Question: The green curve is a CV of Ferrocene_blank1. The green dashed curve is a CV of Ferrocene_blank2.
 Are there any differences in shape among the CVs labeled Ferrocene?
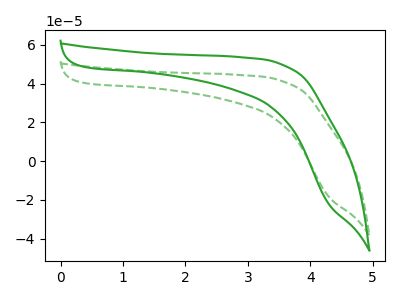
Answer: <think>The green curve "Ferrocene_blank1" has no peaks. The green dashed curve "Ferrocene_blank2" has no peaks.
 Neither "Ferrocene_blank1" or "Ferrocene_blank2" have any peaks.</think>
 <answer>All the CV's of "Ferrocene" have similar shape.</answer>
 <eval>follow_rule</eval>